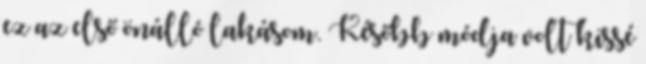
ez az első önálló lakásom. Később módja volt kissé